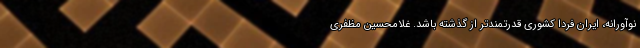
نوآورانه، ایران فردا کشوری قدرتمندتر از گذشته باشد. غلامحسین مظفری